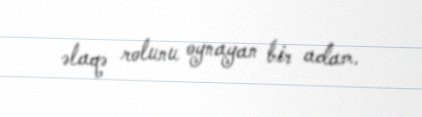
əlaqə rolunu oynayan bir adam.